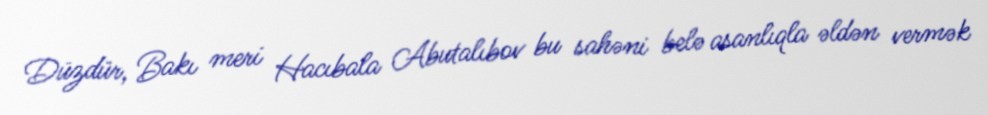
Düzdür, Bakı meri Hacıbala Abutalıbov bu sahəni belə asanlıqla əldən vermək